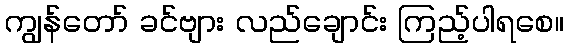
ကျွန်တော် ခင်ဗျား လည်ချောင်း ကြည့်ပါရစေ။